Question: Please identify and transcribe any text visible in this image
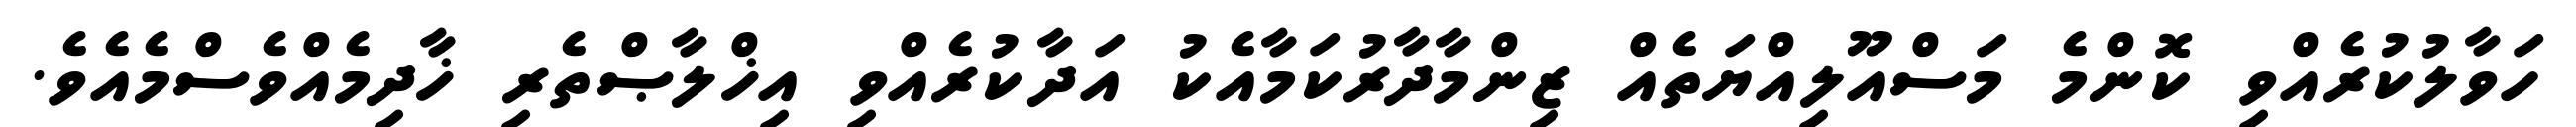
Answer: ހަވާލުކުރެއްވި ކޮންމެ މަސްއޫލިއްޔަތެއް ޒިންމާދާރުކަމާއެކު އަދާކުރެއްވި އިޚްލާޞްތެރި ޚާދިމެއްވެސްމެއެވެ.